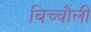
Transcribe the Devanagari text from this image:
बिच्चौली